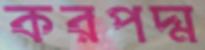
করপদ্ম